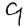
Digit: 9